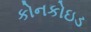
કોનકોઇડ